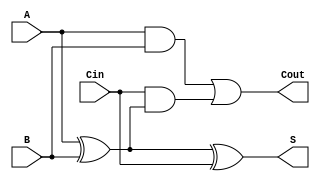
module full_adder (
    input  wire A,      // First input bit
    input  wire B,      // Second input bit
    input  wire Cin,    // Carry-in bit
    output wire S,      // Sum output
    output wire Cout     // Carry-out output
);

// Logic for Sum (S) using XOR gates
assign S = A ^ B ^ Cin;

// Logic for Carry-out (Cout) using AND and OR gates
assign Cout = (A & B) | (Cin & (A ^ B));

endmodule